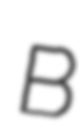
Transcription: B